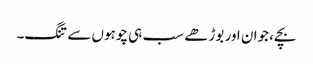
بچے، جوان اور بوڑھے سب ہی چوہوں سے تنگ۔